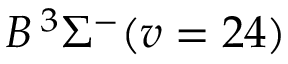
B \, { } ^ { 3 } \Sigma ^ { - } ( v = 2 4 )